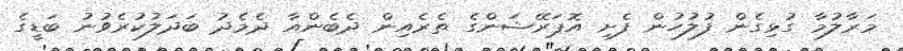
މަރާލުމާ ގުޅިގެން ފުލުހުން ފެށި އޮޕަރޭޝަންގެ ތެރެއިން ދެބެންއާ ދެމެދު ބަދަލުކުރެވުނު ބަޑީގެ